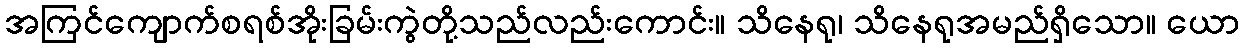
အကြင်ကျောက်စရစ်အိုးခြမ်းကွဲတို့သည်လည်းကောင်း။ သိနေရု၊ သိနေရုအမည်ရှိသော။ ယော